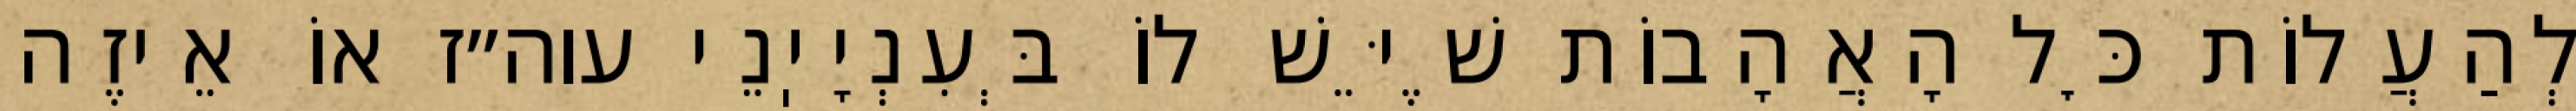
לְהַעֲלוֹת כׇּל הָאֲהָבוֹת שֶׁיֵּשׁ לוֹ בְּעִנְיָיֽנֵי עוה״ז אוֹ אֵיזֶה